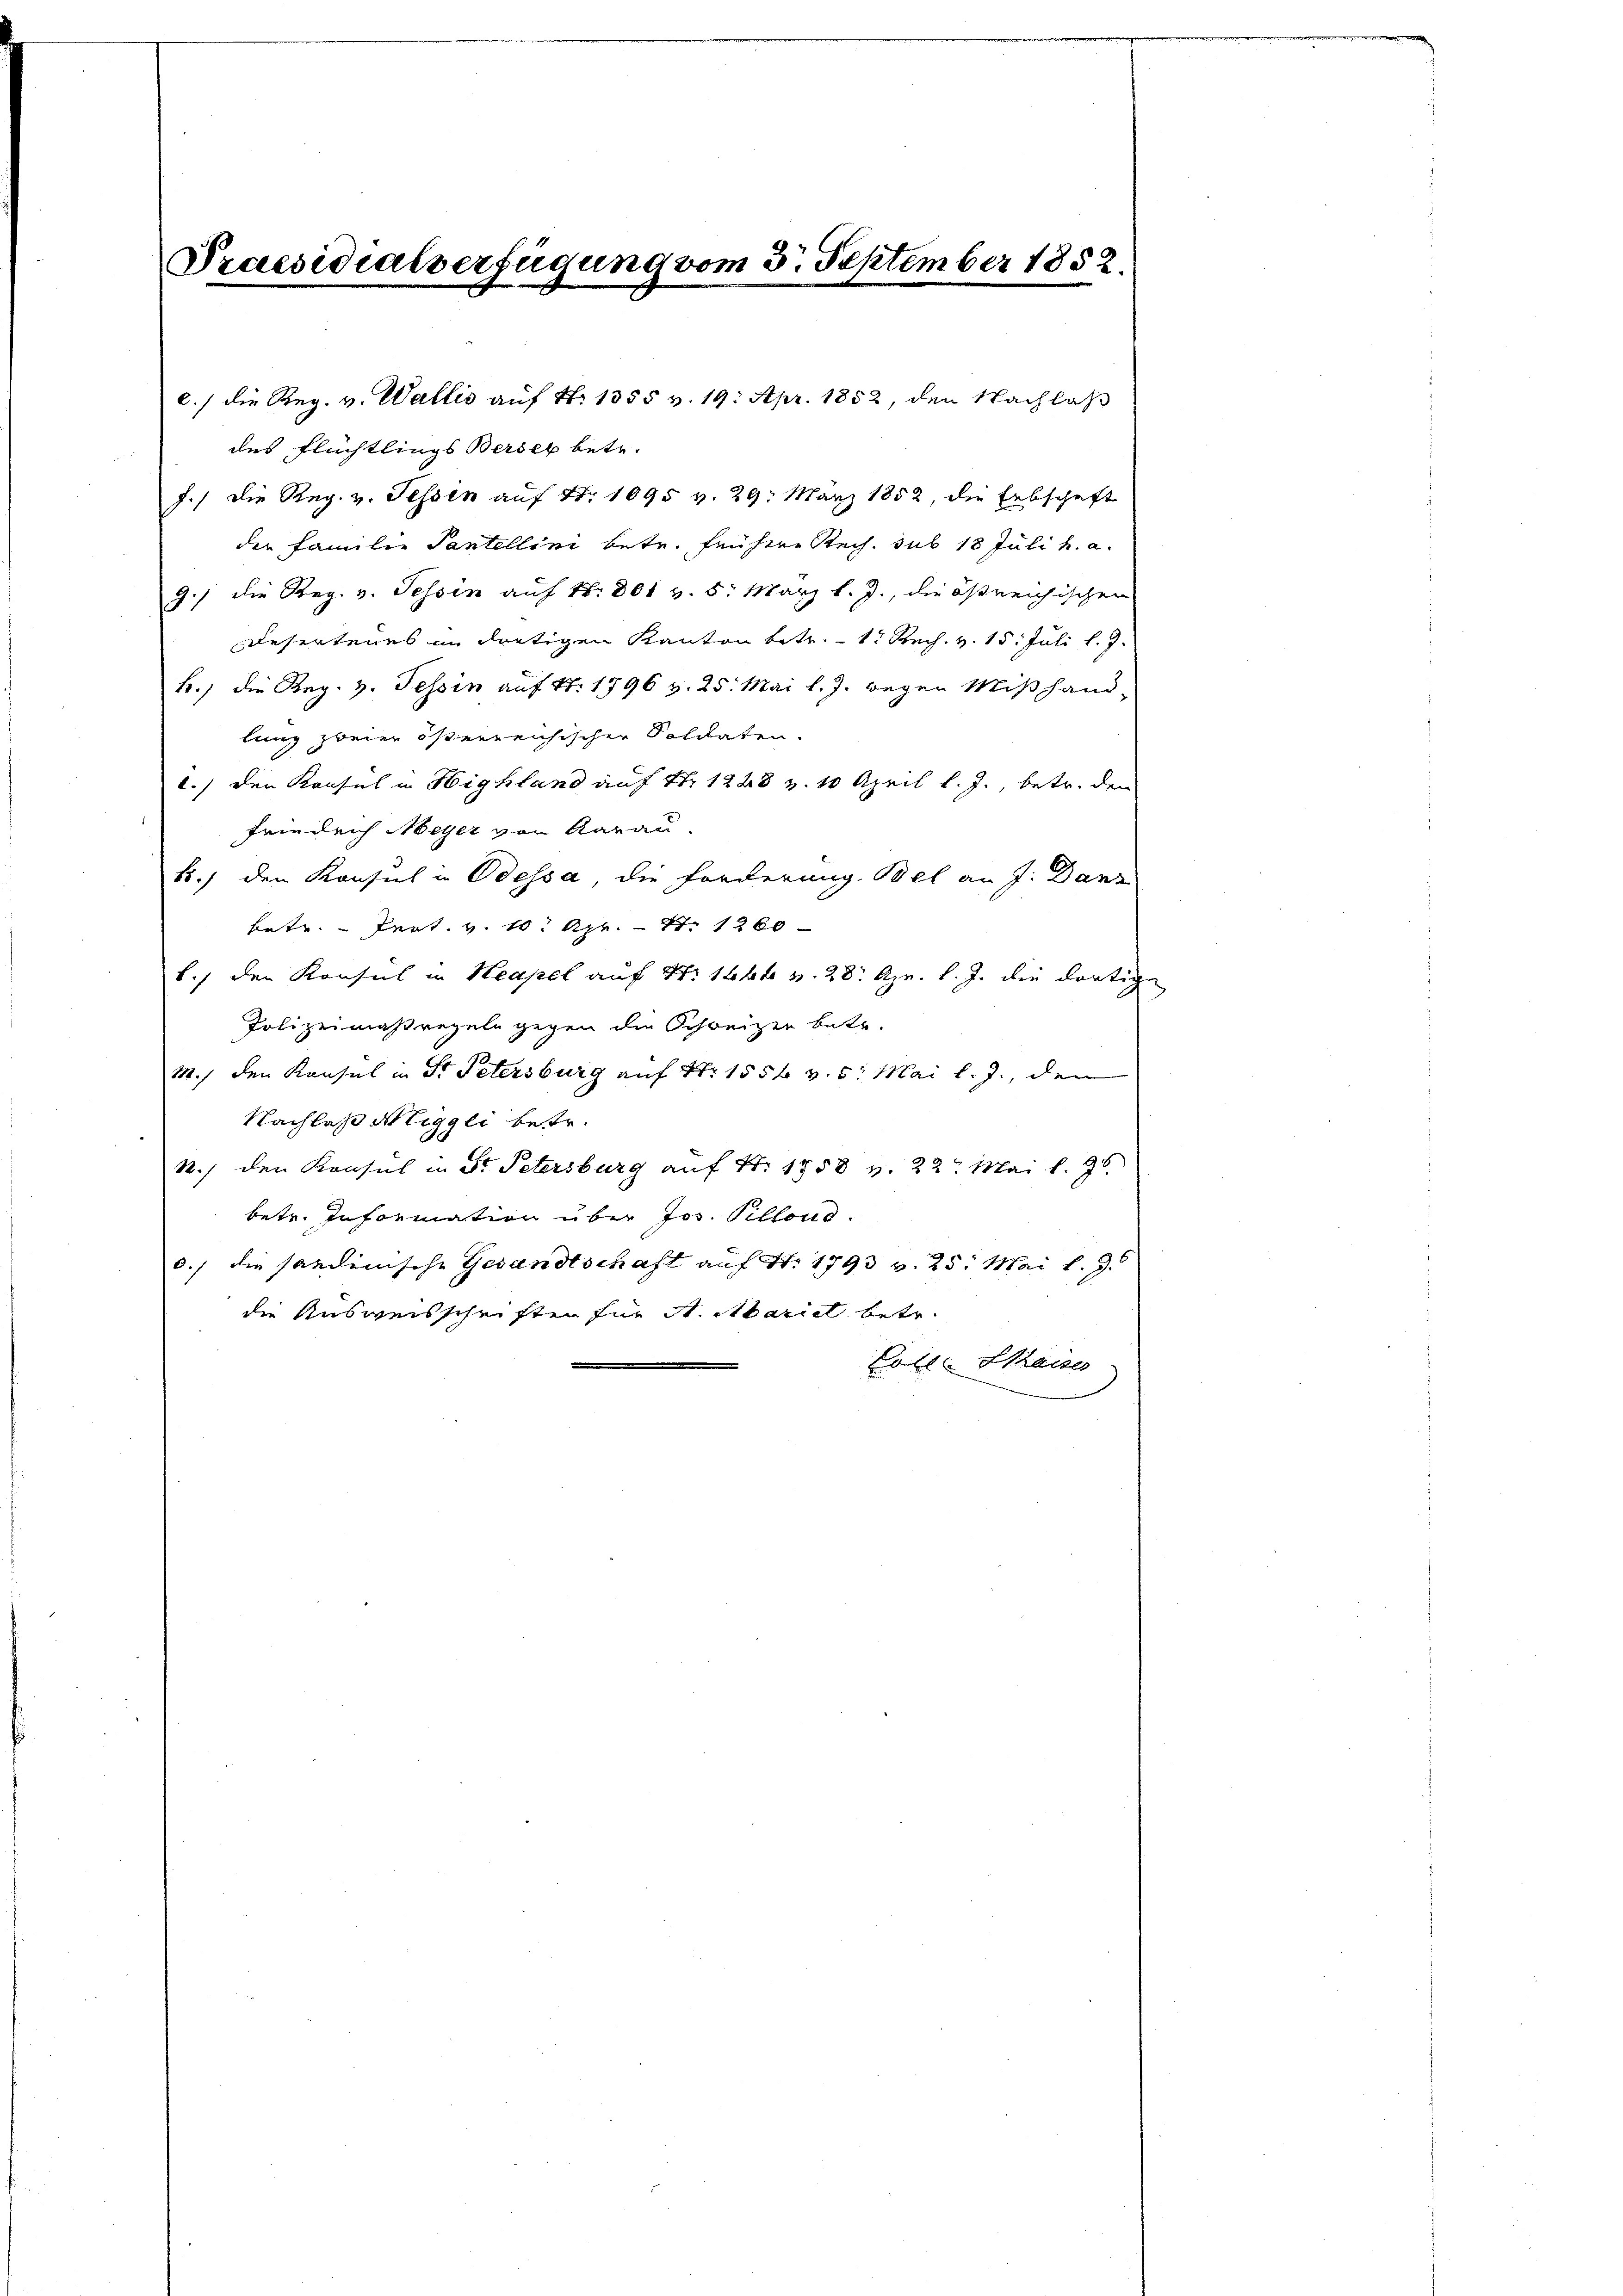
Praesidialverfügung vom 3. September 1852.

des Flüchtlings Bersez betr.
J./ die Reg. v. Tessin auf Nr. 1095 v. 29. März 1852, die Erbschaft
der Familie Pantellini betr. frühere Rech, sub 18 Juli h. a.
9./ die Reg. v. Tessin auf N: 801 v. 5. März l. J., die östreichischen
Desertenes im dortigen Kanton betr. 1. Rech. v. 15. Juli l. J.
k., die Reg. H. Tessin auf Nr. 1796 v. 25. Mai l. J. wegen Mißhand-
lung zweier österreichischer Soldaten.
1./ den Konsul in Highland auf Nr. 1248 z. 10 April l. J., betr. den
Friedrich Meyer von Aarau
b.) den Konsul in Odessa, die Forderung Bel an J. Danz
betr. - Pert. v. 10. Apr. - St. 1260
b.) den Konsul in Neapel auf No 14t v. 28. Apr. l. J. die dortige
Polizeimaßregeln gegen die Schreizer betr.
M., den Konsul in Fr. Petersburg auf Nr. 1554 v. 5. Mai l. J., den
Nachlaß Niggli betr.
1.) den Konsul in St. Petersburg auf Nr. 1858 v. 22. Mai l. 96.
betr. Information über Jos. Pillond.
0.) die sandinische Gesandtschaft auf Nr. 1793 v. 25. Mai l. J.
die Ausweisschriften für A. Mariel betr.
Colle Strasse

c.) die Reg. v. Wallis auf Nr. 1355 v. 19. Apr. 1852, den Nachlas